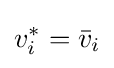
v_{i}^{*}={\bar {v}}_{i}